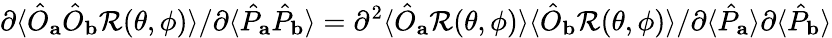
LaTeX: \partial\langle\hat{{O}}_{\mathbf{a}}\hat{{O}}_{\mathbf{b}}\mathcal{R}(\theta,\phi)\rangle/\partial\langle\hat{{P}}_{\mathbf{a}}\hat{{P}}_{\mathbf{b}}\rangle=\partial^{2}\langle\hat{{O}}_{\mathbf{a}}\mathcal{R}(\theta,\phi)\rangle\langle\hat{{O}}_{\mathbf{b}}\mathcal{R}(\theta,\phi)\rangle/\partial\langle\hat{{P}}_{\mathbf{a}}\rangle\partial\langle\hat{{P}}_{\mathbf{b}}\rangle